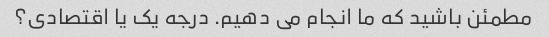
مطمئن باشید که ما انجام می دهیم. درجه یک یا اقتصادی؟